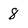
Character: 8